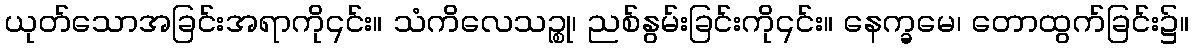
ယုတ်သောအခြင်းအရာကို၎င်း။ သံကိလေသဉ္စု၊ ညစ်နွမ်းခြင်းကို၎င်း။ နေက္ခမေ၊ တောထွက်ခြင်း၌။